Report of the Hyderabad Chloroform Commission
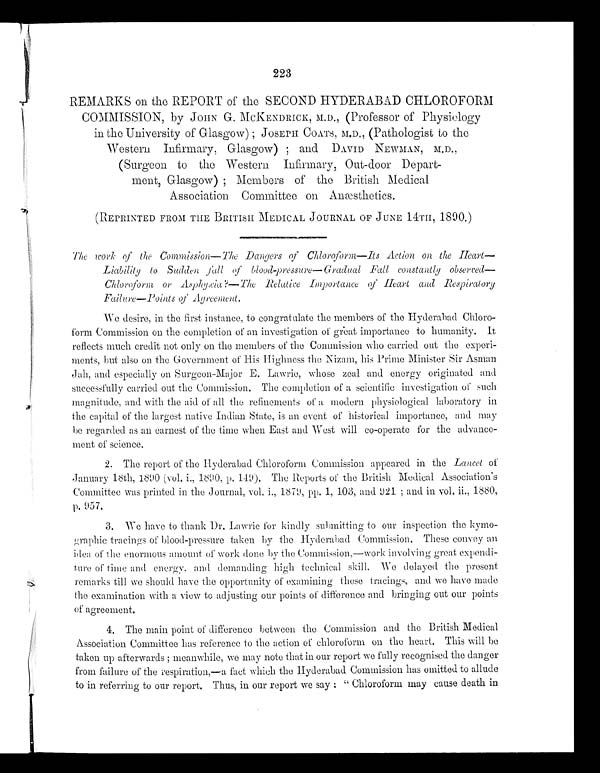
223
REMARKS on the REPORT of the SECOND HYDERABAD CHLOROFOR
M
COMMISSION, by JOHN G. MCKENDRICK, M.D., (Professor of Physiology
in the University of Glasgow); JOSEPH COATS, M.D., (Pathologist to
the
Western Infirmary, Glasgow); and DAVID NEWMAN, M.D.,
(Surgeon to the Western Infirmary, Out-door Depart-
ment, Glasgow); Members of the British Medical
Association Committee on Anæsthetics.
(REPRINTED FROM THE BRITISH MEDICAL JOURNAL OF JUNE 14TH, 1890.)
The work of the Commission—The Dangers of Chloroform—Its Action on the Heart
—
Liability to Sudden fall of blood-pressure— Gradual Fall constantly observed
Chloroform or Asphyxia ?—The Relative Importance of Heart and Respiratory
Failure—Points of Agreement.
We desire, in the first instance, to congratulate the members of the Hyderabad Chloro
-
form Commission on the completion of an investigation of great importance to humanity. It
reflects much credit not only on the members of the Commission who carried out the experi
-
ments, but also on the Government of His Highness the Nizam, his Prime Minister Sir Asman
Jah, and especially on Surgeon-Major E. Lawrie, whose zeal and energy originated and
s u c c e s s f u l l y c a r r i e d o u t t h e C o m m i s s i o n . T h e c o m p l e t i o n o f a s c i e n t i f i c i n v e s t i g a t i o n o f s u c h
magnitude, and with the aid of all the refinements of a modern physiological laboratory in
the capital of the largest native Indian State, is an event of historical importance, and may
be regarded as an earnest of the time when East and West will co-operate for advance
-
ment of science
.
2.The report of the Hyderabad Chloroform Commission appeared in the Lancet of
January 18th, 1890 ( vol. i., 1890, p. 149). The Reports of the British Medical Association's
Committee was printed in the Journal, vol, i., 1879, pp. 1, 103, and 921 ; and in vol. ii., 1880,
p. 957.
3.We have to thank Dr, Lawrie for kindly submitting to our inspection the kymo
-
graphic tracings of blood-pressure taken by the Hyderabad Commission, These convey an
idea of the enormous amount of work done by the Commission,—work involving great expendi
-ture of time and energy, and demanding high technical skill. We delayed the present
remarks till we should have the opportunity of examining these tracings, and we have made
the examination with a view to adjusting our points of difference and bringing out our points
of agreement.
4.The main point of difference between the Commission and the British Medical
Association Committee has reference to the action of chloroform on the heart. This will be
t aken up af t er war ds ; meanwhi l e, we may not e t hat i n our r epor t we f ul l y r ecogni s ed t he danger
from failure of the respiration,—a fact which the Hyderabad Commission has omitted to allude
to in referring to our report. Thus, in our report we say : " Chloroform may cause death in